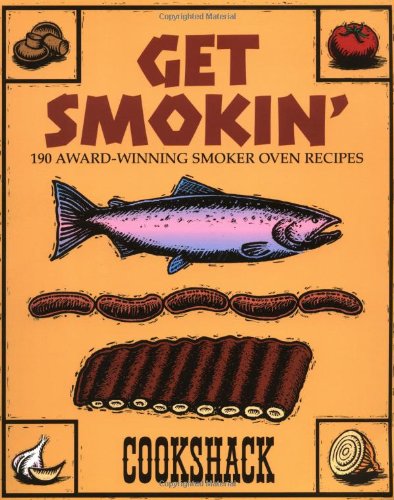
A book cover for Get Smokin': 190 Award-winning Smoker Oven Recipes; Cookshack; Cookbooks, Food & Wine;